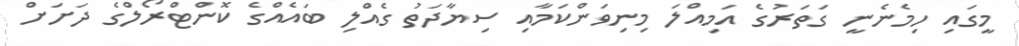
މީގައި ހިމެނެނީ ގަތަރުގެ އަމިއްލަ މިނިވަންކަމާއި ސިޔާދަތު ގެއްލި ބައެއްގެ ކޮންޓްރޯލްގެ ދަށަށް